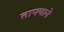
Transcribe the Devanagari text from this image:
ताफ्याने